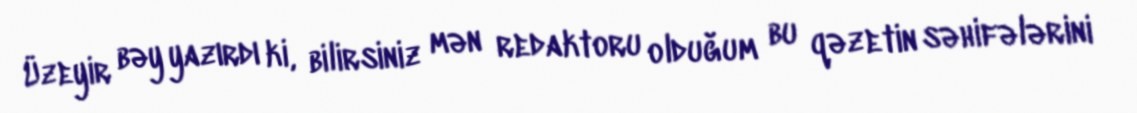
Üzeyir bəy yazırdı ki, bilirsiniz mən redaktoru olduğum bu qəzetin səhifələrini